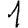
Digit: 1